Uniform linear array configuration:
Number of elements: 64
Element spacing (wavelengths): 1
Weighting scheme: binomial
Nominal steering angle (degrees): -30
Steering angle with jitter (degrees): -28.384
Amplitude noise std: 0.05
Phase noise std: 0.05

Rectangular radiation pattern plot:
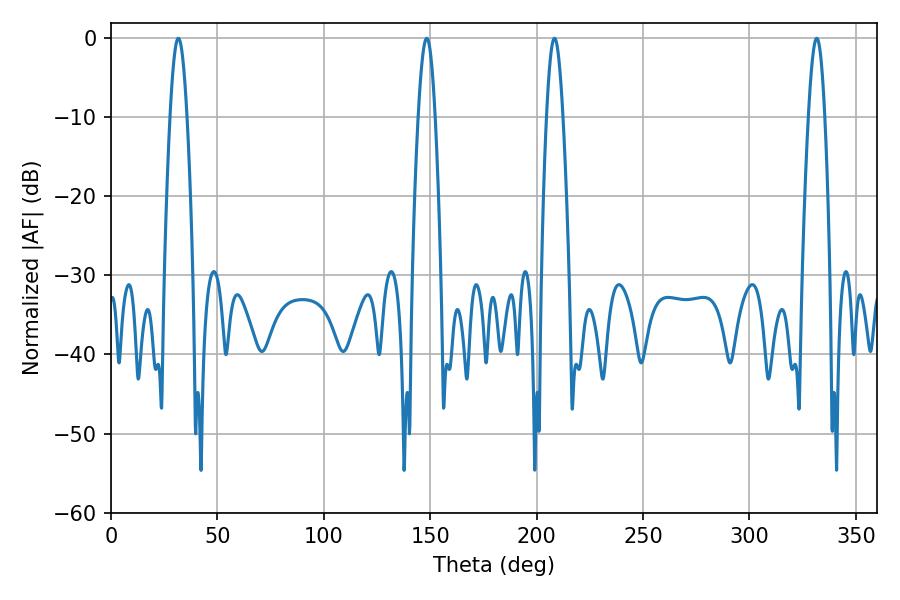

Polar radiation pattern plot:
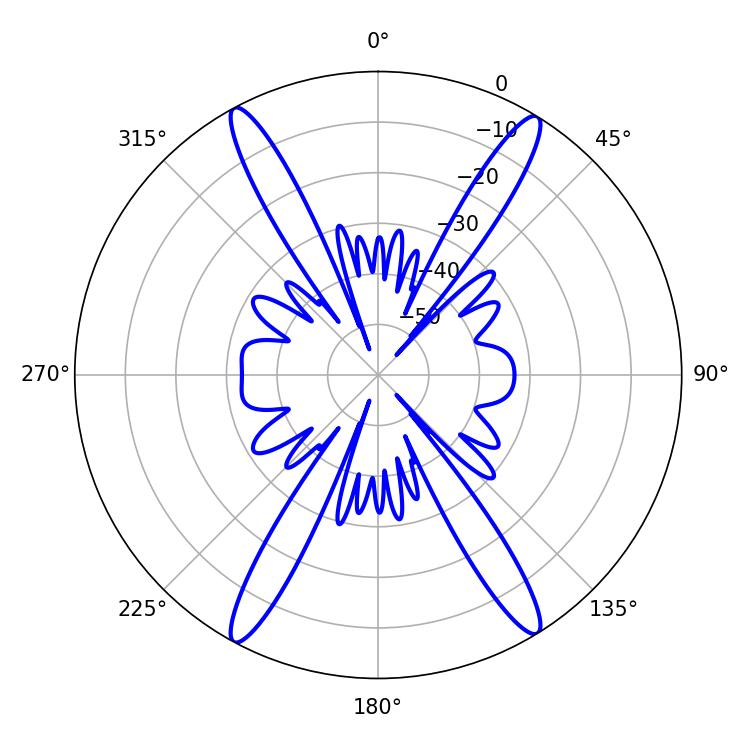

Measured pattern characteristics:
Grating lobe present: TRUE
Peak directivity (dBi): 22.805
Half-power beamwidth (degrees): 4.32
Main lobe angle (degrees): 148.32